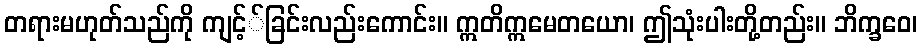
တရားမဟုတ်သည်ကို ကျင့််ခြင်းလည်းကောင်း။ ဣတိဣမေတယော၊ ဤသုံးပါးတို့တည်း။ ဘိက္ခဝေ၊